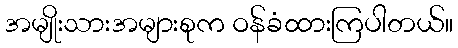
အမျိုးသားအများစုက ဝန်ခံထားကြပါတယ်။